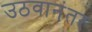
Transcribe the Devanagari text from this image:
उठवानंतर